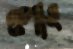
ওপাং